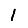
Digit: 1